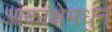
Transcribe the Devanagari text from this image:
आकांक्षेमधुन